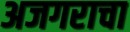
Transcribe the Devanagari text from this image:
अजगराचा